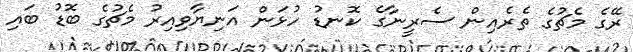
ރޭގެ މެޗުގެ ތެރެއިން ސެރީނާގެ ކޮނޑު ހުޅަން އަނިޔާވިއިރު މެޗުގެ ބޮޑު ބައި